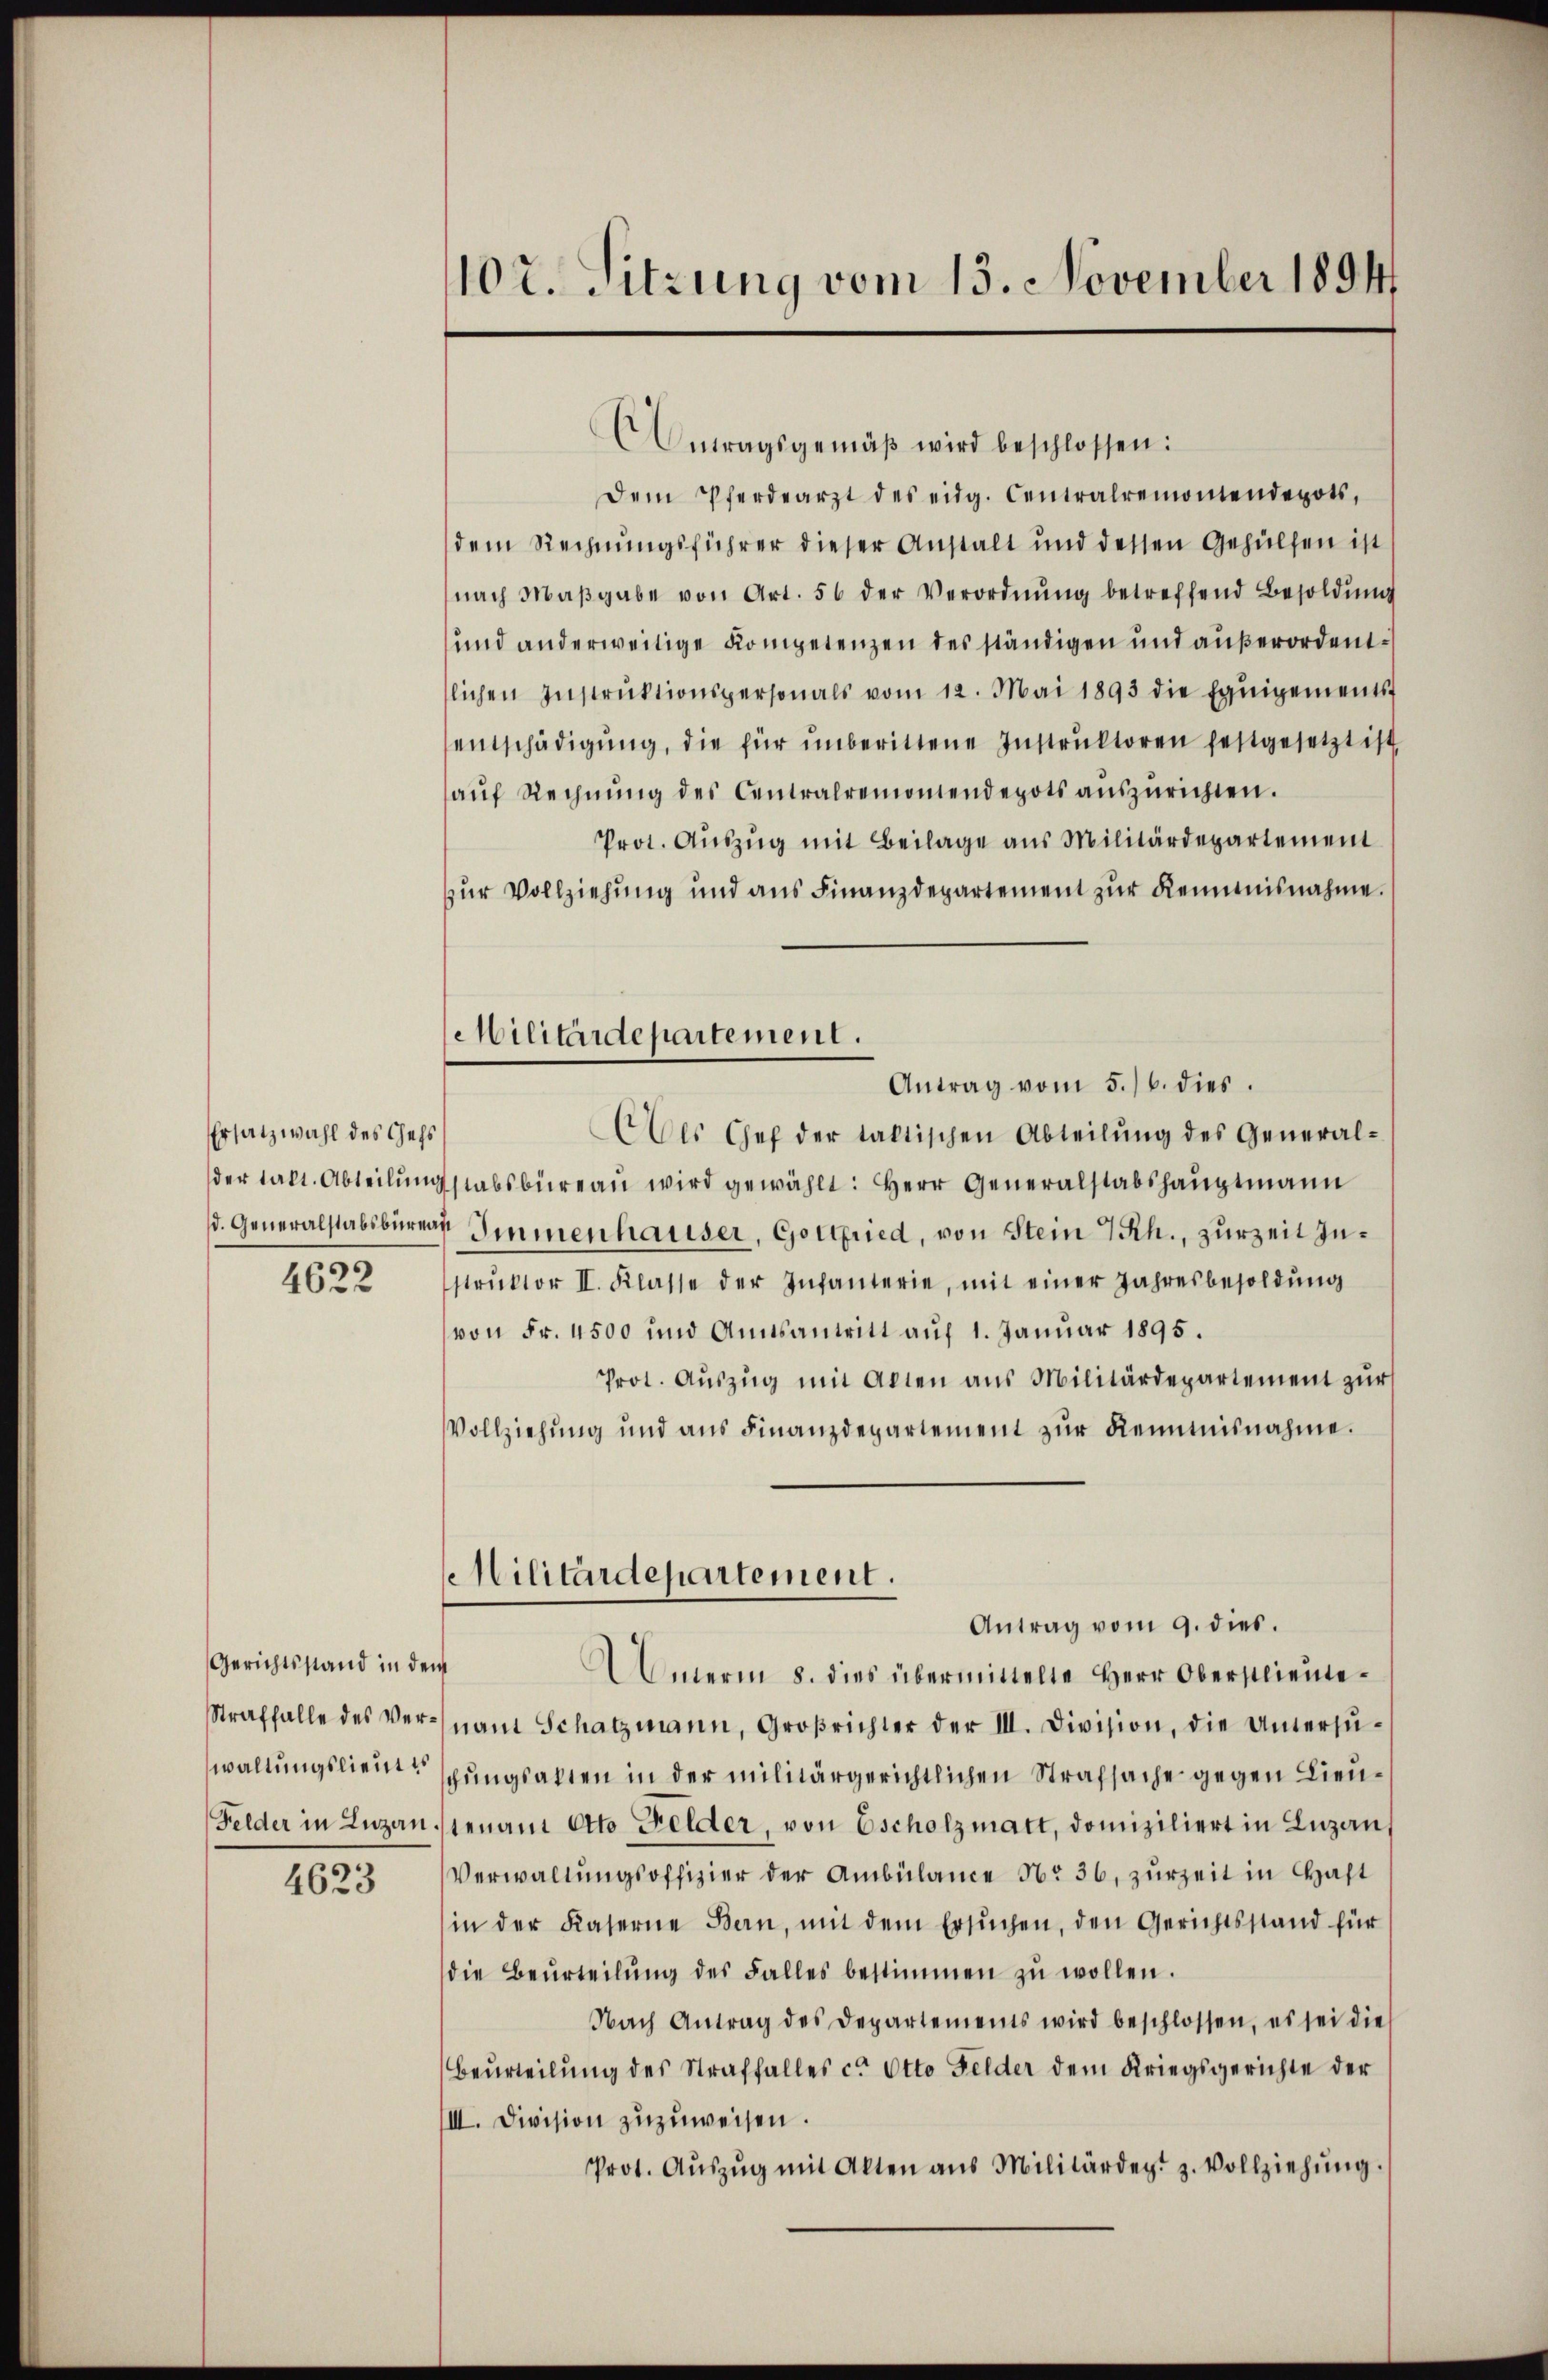
Ersatzwahl des Gehs

4622

Gerichtsstand in dem
waltungslieut es

4623

107. Sitzung vom 13. November 1894

Antragsgemäβ wird beschlossen:
Dem Pferdearzt des eidg. Centralremomendepots,
dem Rechnungsführer dieser Anstalt und dessen Gehülfen ist
nach Maβgabe von Art. 56 der Verordnŭng betreffend Besoldŭng
und anderweitige Kompetenzen des ständigen und außerordentlichen Instruktionspersonals vom 12. Mai 1893 die Equipements
entschädigŭng, die für unberittene Instrŭktoren festgesetzt ist,
aŭf Rechnŭng des Centralremomendepots aŭszŭrichten.
Prot. Aŭszŭg mit Beilage aus Militärdepartement
zŭr Vollziehung und ans Finanzdepartement zŭr Keimnisnahme.
Antrag vom 5./6. dies
Als Chef der taktischen Abteilŭng des General-
der takt. Abteilŭng stabsbüreaŭ wird gewählt: Herr Generalstabshauptmann
d. Generalstabsbureau Immenhauser, Gottfried, von Stein Rh., zurzeit zustrŭktor II. Klasse der Infanterie, mit einer Jahresbesoldŭng
von Fr. 4500 und Amtsantritt auf 1. Januar 1895.
Prot. Aŭszŭg mit Allen aus Militärdepartement zur
Vollziehung und ans Finanzdepartement zŭr Kenntnisnahme.
Militärdepartement.
Antrag vom 9. dies.
Amerin 8. dies übermittelte Herr Oberstlieute¬
Straffalle des Vernant Schatzmann, Großrichter der III. Division, die Untersŭ-
schungsalten in der militärgerichtlichen Strafsache gegen Lieu¬
Felder in Luzanien an Otto Felder, von Escholzmatt, domiziliert in Luzern,
Verwaltungsoffizier der Ambülance No 36, zurzeit in Haft
in der Kaserne Bern, mit dem ersŭchen, den Gerichtsstand für
die Beurteilŭng des Falles bestimmen zŭ wollen.
Nach Antrag des Departements wird beschlossen, es sei die
Beurteilŭng des Straffalles c. Otto Felder dem Kriegsgerichte der
III. Division zuzuweisen.
Prot. Aŭszŭg mit Akten aus Militärdert z. Vollziehŭng.

Militärdepartement.